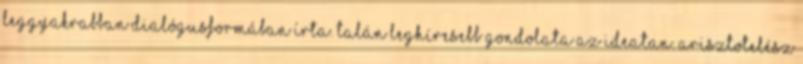
leggyakrabban dialógusformában írta. Talán leghíresebb gondolata az ideatan. Arisztotelész